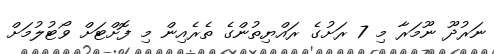
ނަރުދޫ ނޫމަރާ މި 7 ރަށުގެ ރައްޔިތުންގެ ތެރެއިން މި ފޮށްޓަށް ވޯޓުލުމަށް